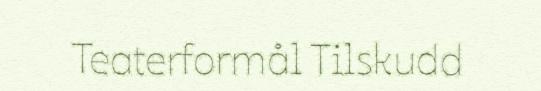
Teaterformål Tilskudd